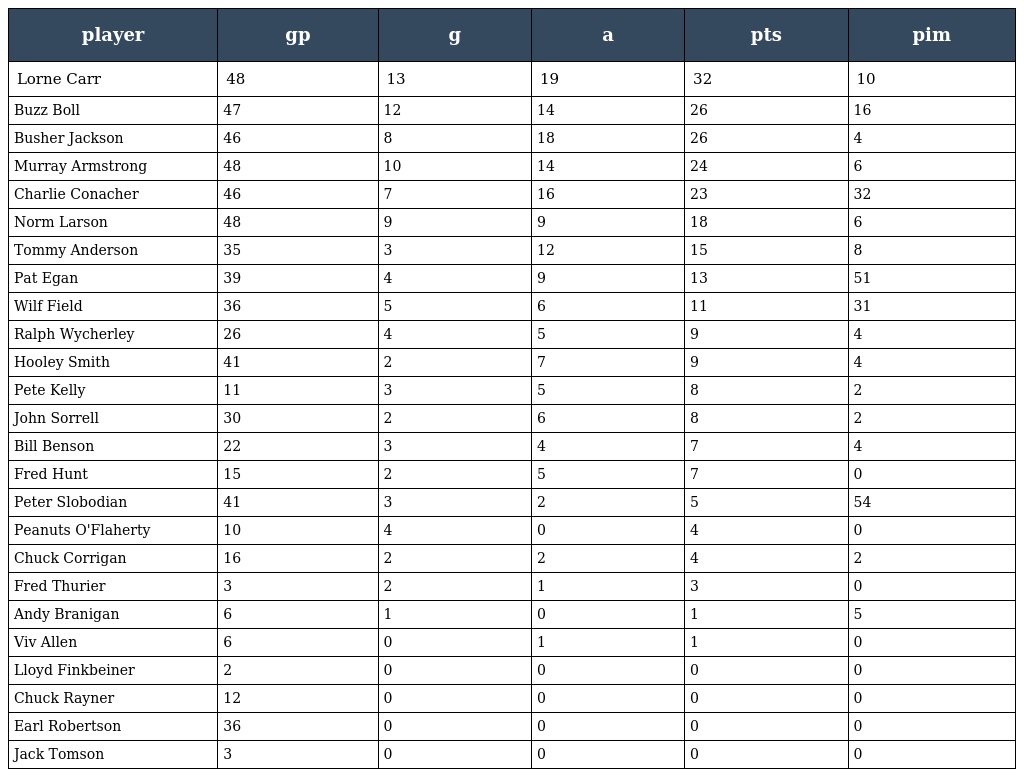
| player | gp | g | a | pts | pim |
 | --- | --- | --- | --- | --- | --- |
 | Lorne Carr | 48 | 13 | 19 | 32 | 10 |
 | Buzz Boll | 47 | 12 | 14 | 26 | 16 |
 | Busher Jackson | 46 | 8 | 18 | 26 | 4 |
 | Murray Armstrong | 48 | 10 | 14 | 24 | 6 |
 | Charlie Conacher | 46 | 7 | 16 | 23 | 32 |
 | Norm Larson | 48 | 9 | 9 | 18 | 6 |
 | Tommy Anderson | 35 | 3 | 12 | 15 | 8 |
 | Pat Egan | 39 | 4 | 9 | 13 | 51 |
 | Wilf Field | 36 | 5 | 6 | 11 | 31 |
 | Ralph Wycherley | 26 | 4 | 5 | 9 | 4 |
 | Hooley Smith | 41 | 2 | 7 | 9 | 4 |
 | Pete Kelly | 11 | 3 | 5 | 8 | 2 |
 | John Sorrell | 30 | 2 | 6 | 8 | 2 |
 | Bill Benson | 22 | 3 | 4 | 7 | 4 |
 | Fred Hunt | 15 | 2 | 5 | 7 | 0 |
 | Peter Slobodian | 41 | 3 | 2 | 5 | 54 |
 | Peanuts O'Flaherty | 10 | 4 | 0 | 4 | 0 |
 | Chuck Corrigan | 16 | 2 | 2 | 4 | 2 |
 | Fred Thurier | 3 | 2 | 1 | 3 | 0 |
 | Andy Branigan | 6 | 1 | 0 | 1 | 5 |
 | Viv Allen | 6 | 0 | 1 | 1 | 0 |
 | Lloyd Finkbeiner | 2 | 0 | 0 | 0 | 0 |
 | Chuck Rayner | 12 | 0 | 0 | 0 | 0 |
 | Earl Robertson | 36 | 0 | 0 | 0 | 0 |
 | Jack Tomson | 3 | 0 | 0 | 0 | 0 |